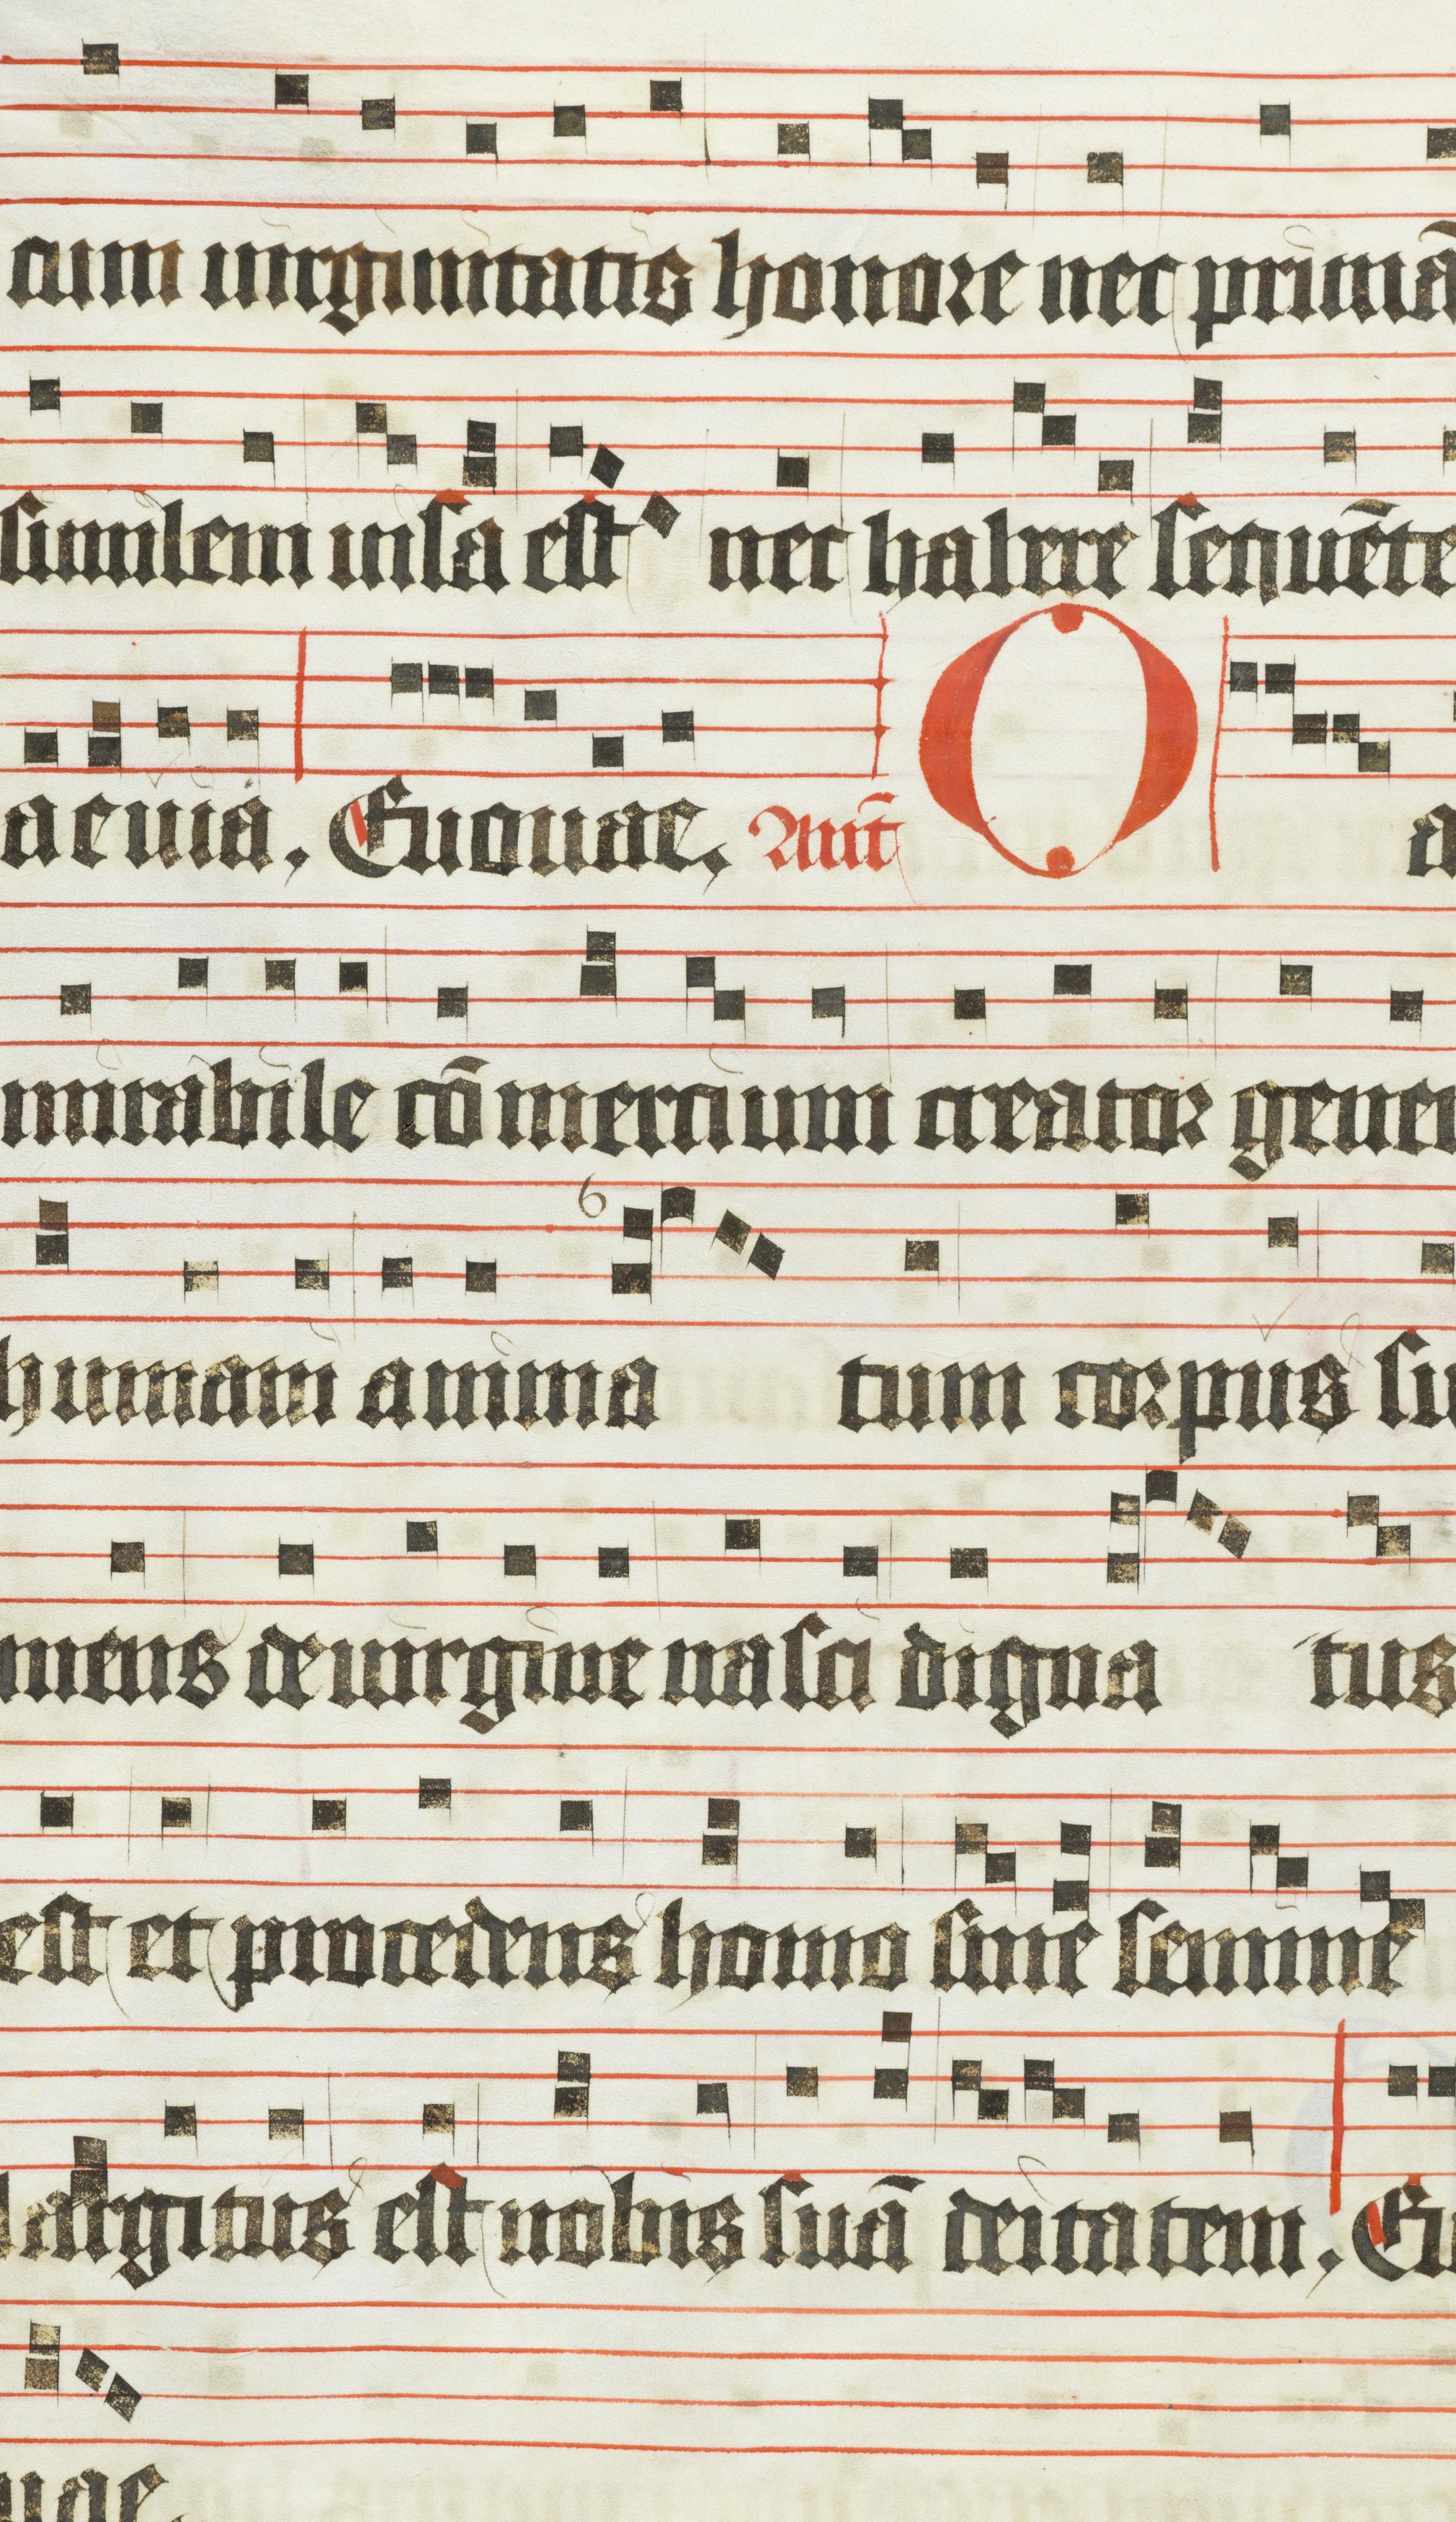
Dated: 1483–1484